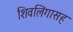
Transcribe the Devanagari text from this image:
शिवलिंगासह